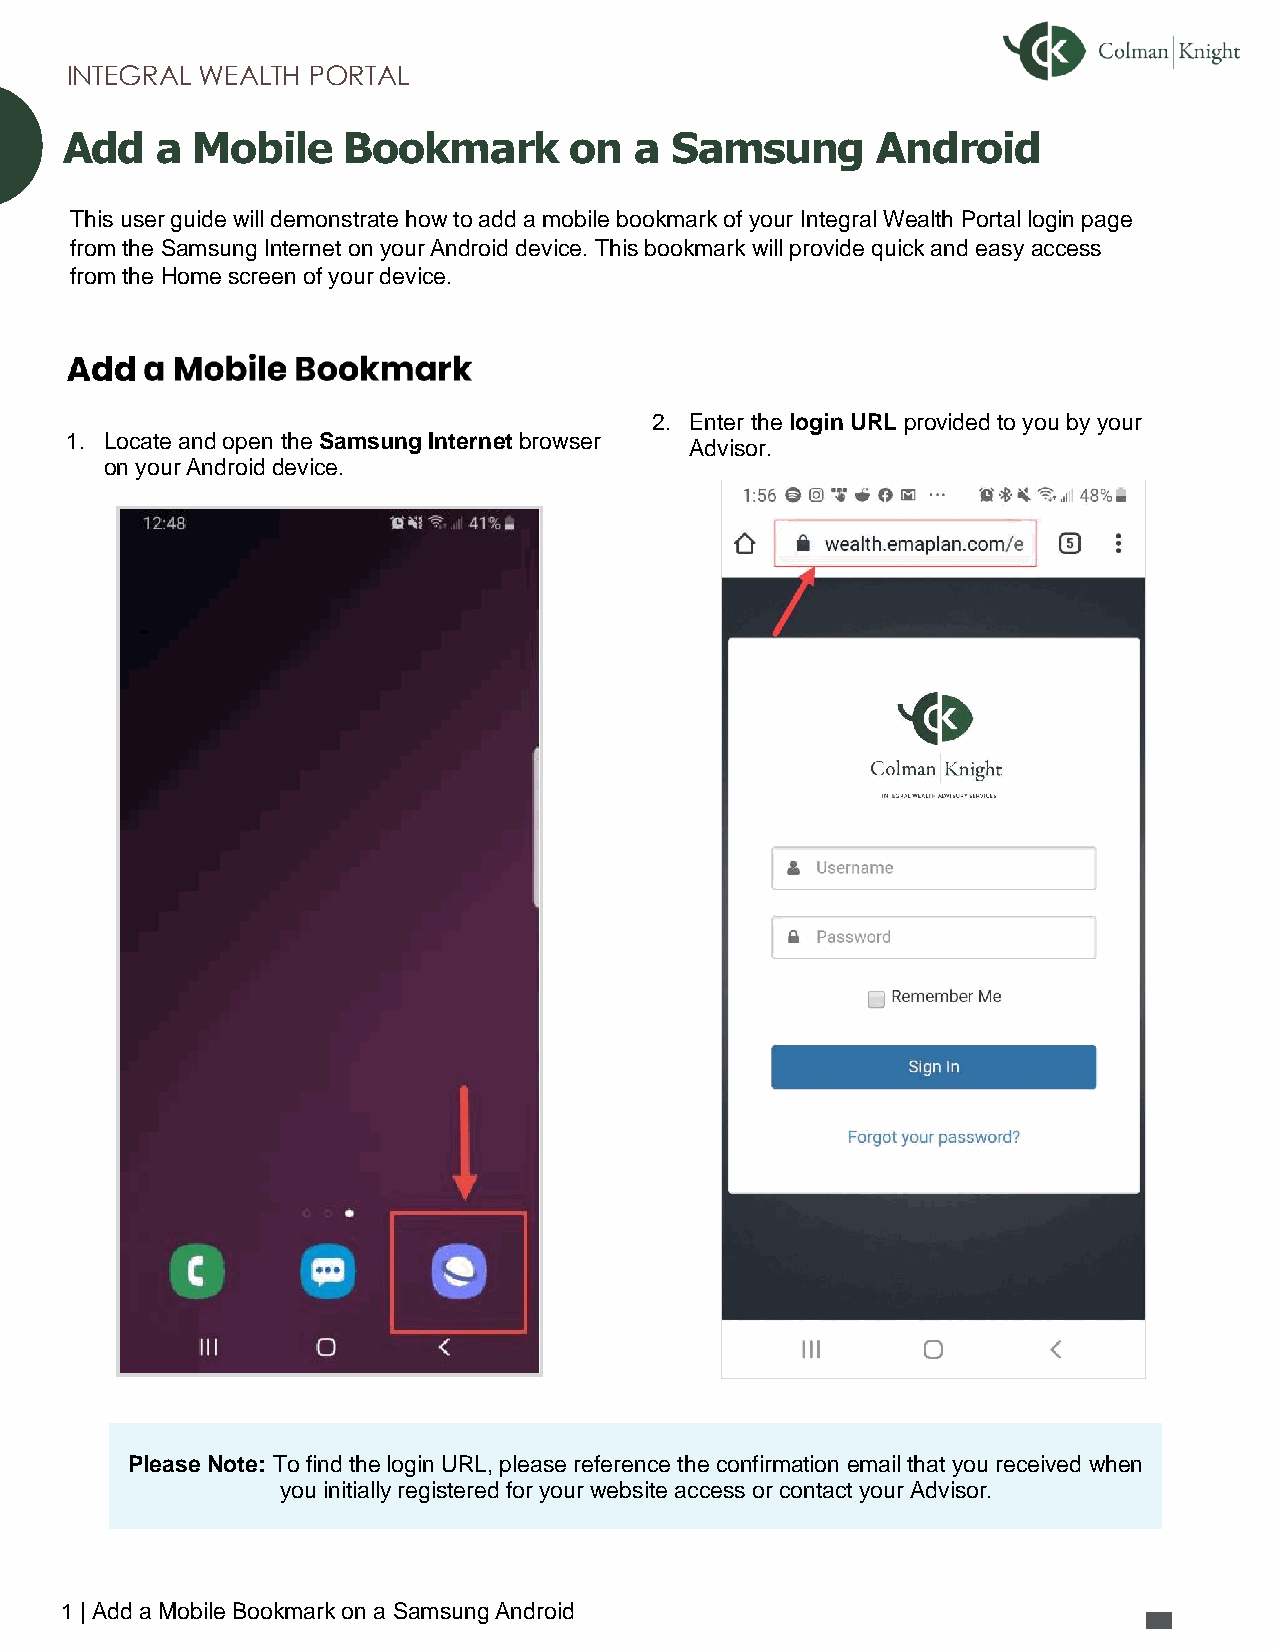
INTEGRAL WEALTH PORTAL
 Add   a  Mobile    Bookmark       on  a Samsung       Android
 This user guide will demonstrate how to add a mobile bookmark of your Integral Wealth Portal login page
 from the Samsung Internet on your Android device. This bookmark will provide quick and easy access
 from the Home screen of your device.
 2. Enter the login URL provided to you by your
 1. Locate and open the Samsung Internet browser
 Advisor.
 on your Android device.
 Please Note: To find the login URL, please reference the confirmation email that you received when
 you initially registered for your website access or contact your Advisor.
 1 | Add a Mobile Bookmark on a Samsung Android